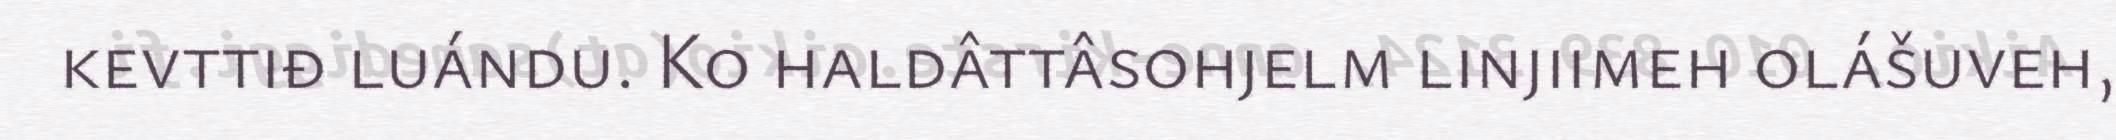
kevttiđ luándu. Ko haldâttâsohjelm linjiimeh olášuveh,